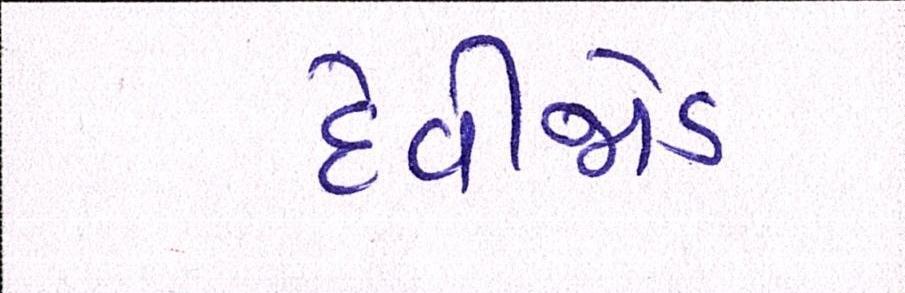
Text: દેવીજોડ